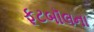
ફૂટબૉલના